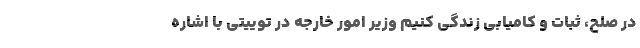
در صلح، ثبات و کامیابی زندگی کنیم وزیر امور خارجه در توییتی با اشاره